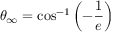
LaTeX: \theta _ { \infty } = \cos ^ { - 1 } \left( - { \frac { 1 } { e } } \right)